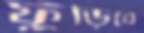
ফুঁড়িবে